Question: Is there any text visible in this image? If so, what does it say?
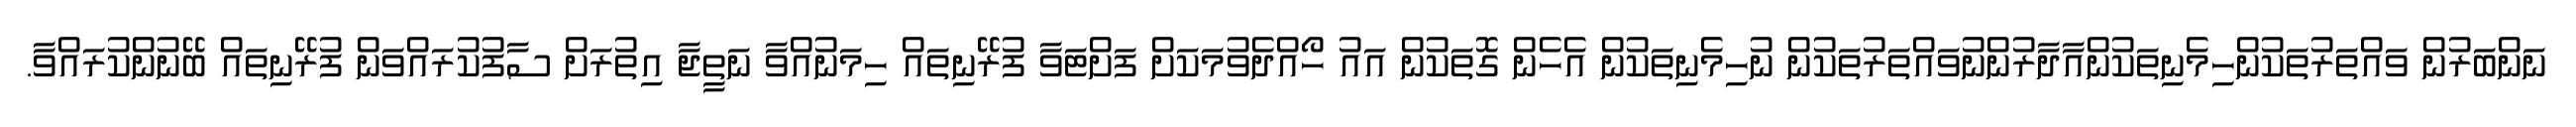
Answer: ނަންބަރުން ވައްތަރުތަކުންހިމެނިތަކުންއާދާރުންނުވައްތަރުތަކުން ނުހިމެނިތަކުން އެހެން ގޮތަކުން އައު ހޯއްދެވުމަކަށް ފަށްޓަވާ ފުރޭނިތައް ހިމަނުއްވާ ނަތީޖާ އިތުރަށް ސާފުކުރައްވަން ފުރޭނިތައް ބޭނުންކުރައްވާ.